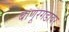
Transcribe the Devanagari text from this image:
बाणूरगडावर